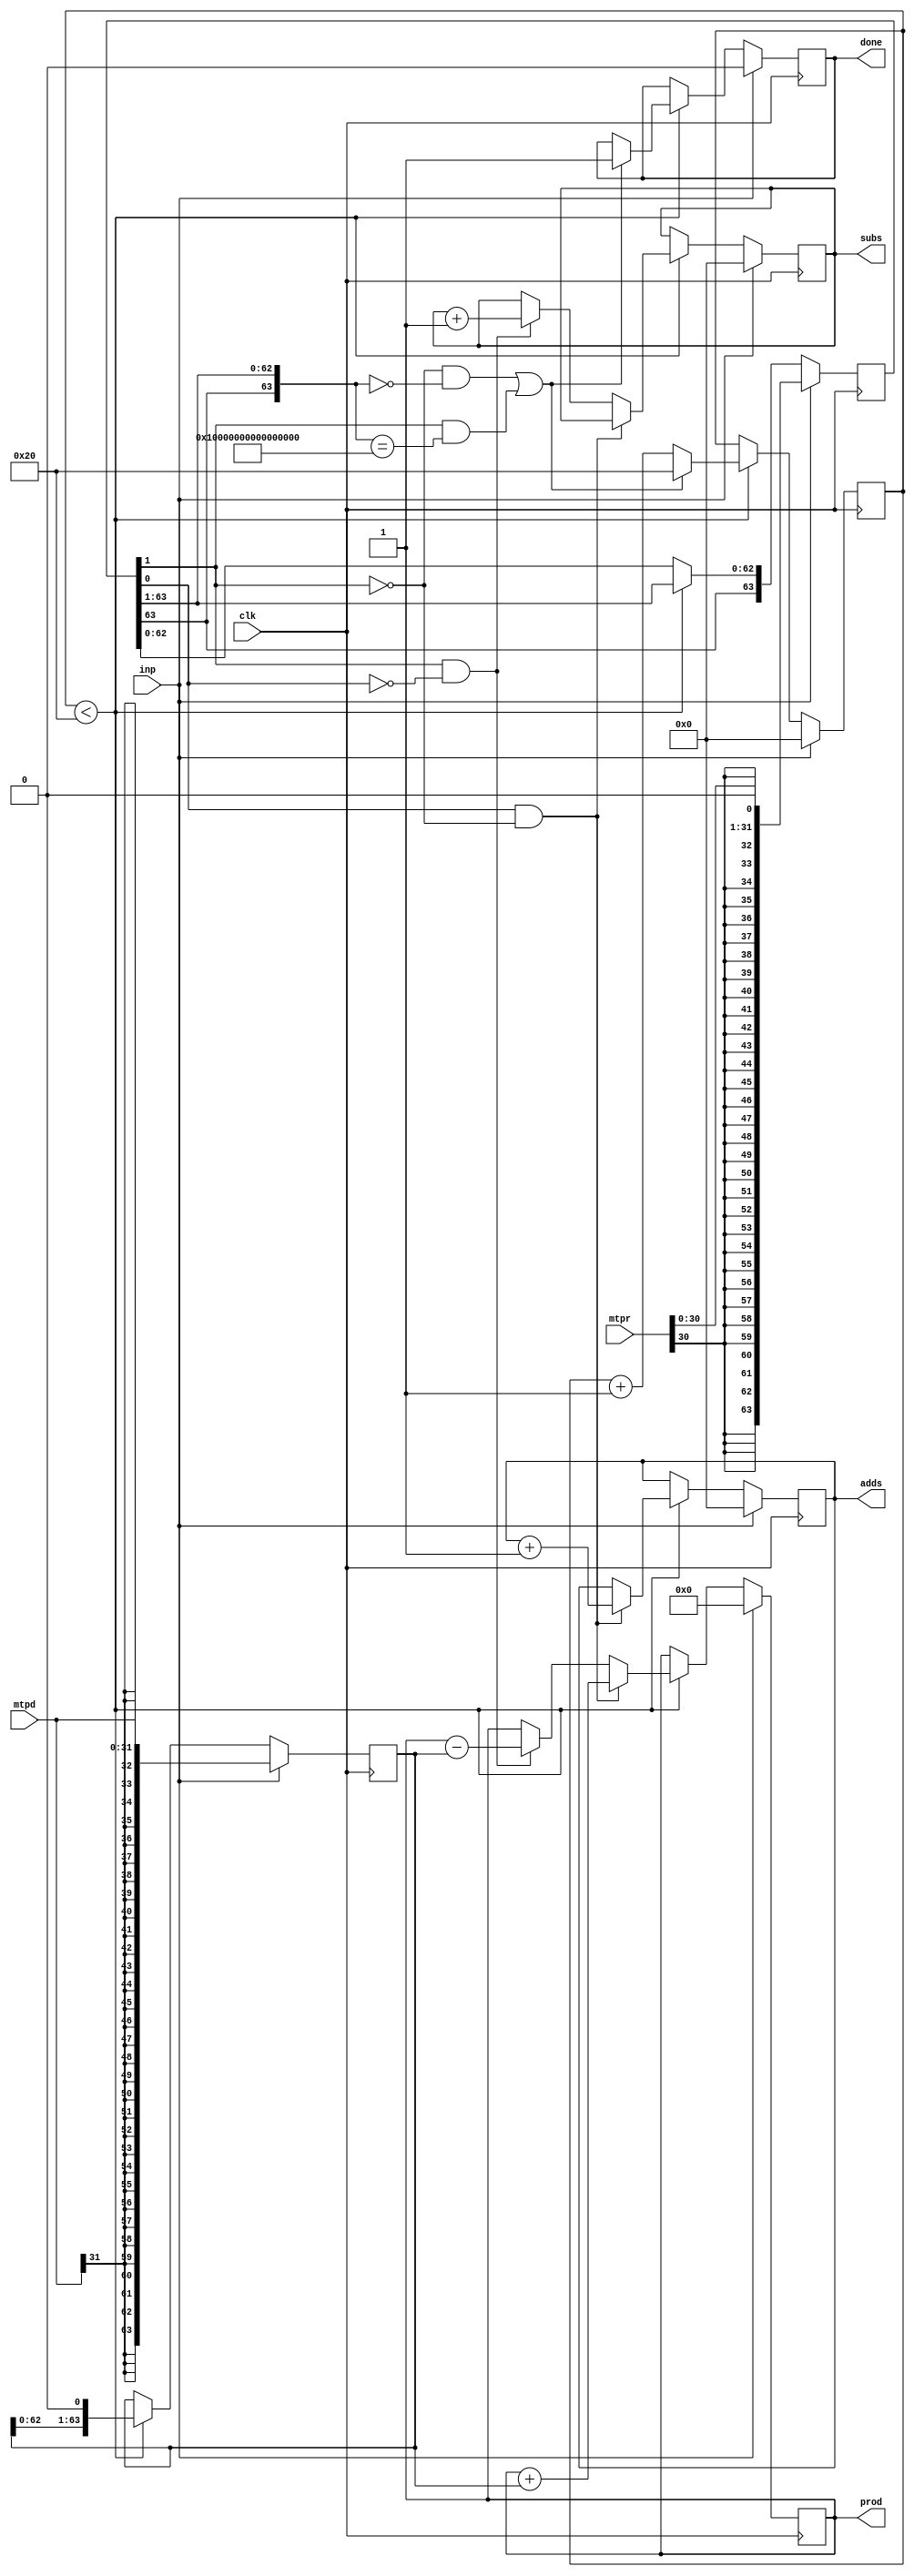
module booth(clk, inp, mtpr, mtpd, done, adds, subs, prod);

    input clk;
    input inp;
    input [31:0] mtpr;
    input [31:0] mtpd;

    output reg done;
    output reg [5:0] adds;
    output reg [5:0] subs;
    output reg [63:0] prod;

    reg signed [63:0] multiplier;
    reg signed [63:0] multiplicand;
    reg [63:0] tmp = 64'b1111111111111111111111111111111111111111111111111111111111111111;
    reg [5:0] pos;
    reg k;

    initial begin
        done <= 1;
    end

    always @(posedge clk) begin
        if (inp == 1) begin
            multiplier <= $signed(mtpr << 1);
            multiplicand <= $signed(mtpd);
            adds <= 0;
            subs <= 0;
            prod <= 0;
            done <= 0;
            pos <= 0;
        end
        else if (pos < 32) begin
            if (multiplier[0] == 1 && multiplier[1] == 0) begin
                adds = adds + 1;
                prod = prod + multiplicand;
            end
            else if (multiplier[1] == 1 && multiplier[0] == 0) begin
                subs = subs + 1;
                prod = prod - multiplicand;
            end
            pos <= pos+1;
            multiplier = multiplier >>> 1;
            multiplicand = multiplicand << 1;
            k = multiplier[0];
            if ((k == 0 && multiplier == 0) || (k == 1 && multiplier == tmp)) begin
                done <= 1;
                pos <= 32;
            end
        end
    end

endmodule